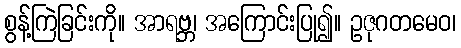
စွန့်ကြဲခြင်းကို။ အာရဗ္ဘ၊ အကြောင်းပြု၍။ ဥဇုဂတမေဝ၊